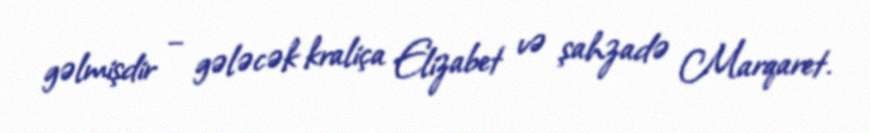
gəlmişdir – gələcək kraliça Elizabet və şahzadə Marqaret.